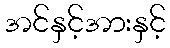
အင်နှင့်အားနှင့်